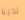
لدينا